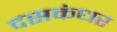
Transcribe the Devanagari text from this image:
दसकंधर